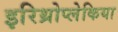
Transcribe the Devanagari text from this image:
इरिथ्रोप्लेकिया